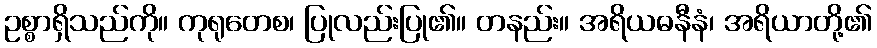
ဥစ္စာရှိသည်ကို။ ကုရုတေစ၊ ပြုလည်းပြု၏။ တနည်း။ အရိယဓနီနံ၊ အရိယာတို့၏